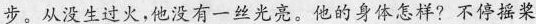
步。从没生过火，他没有一丝光亮。他的身体怎样?不停摇浆